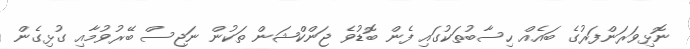
ނޮޅިވަރަންފަރުގެ ބައެއް ހިސާބުތަކުގައި ފެން ބޮޑުވެ ޖަންކްޝަން ތަކުން ނަޖިސް ބޭރުވުމާއި ގުޅިގެން